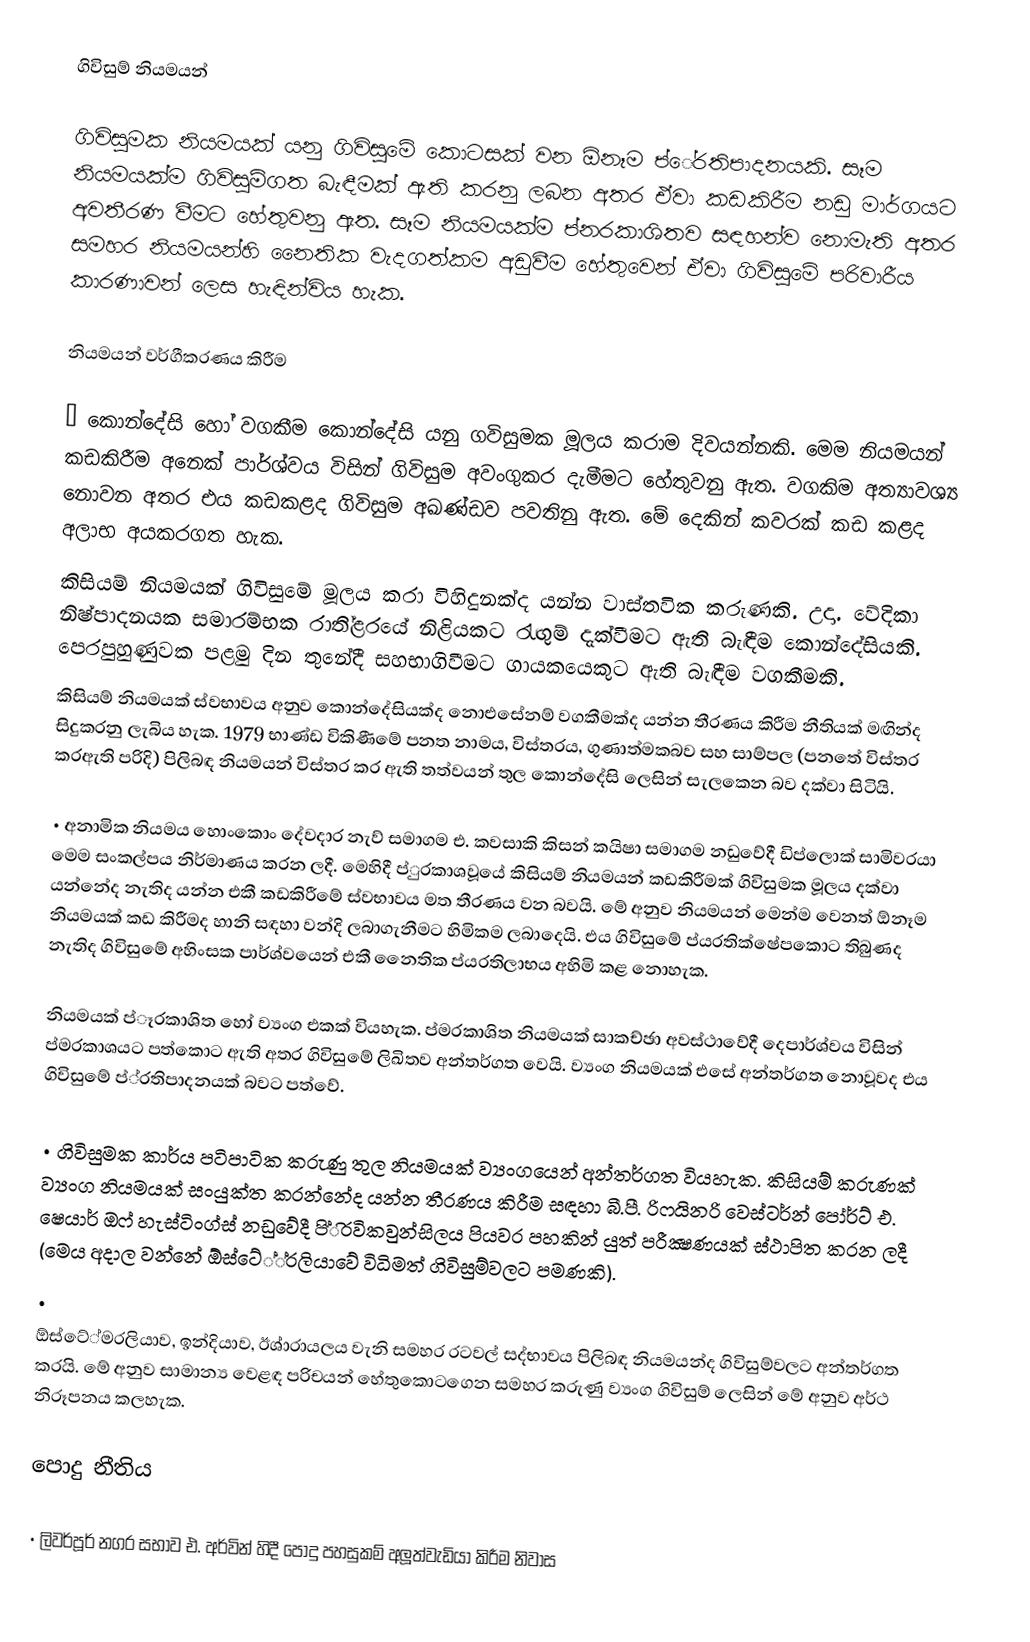
ගිවිසුම් නියමයන්

ගිවිසුමක නියමයක් යනු ගිවිසුමේ කොටසක් වන  ඕනෑම ප්ේ‍රතිපාදනයකි. සෑම නියමයක්ම ගිවිසුම්ගත බැඳීමක් ඇති කරනු ලබන අතර ඒවා කඩකිරීම නඩු මාර්ගයට අවතීරණ වීමට හේතුවනු ඇත. සෑම නියමයක්ම ප්න‍රකාශිතව සඳහන්ව නොමැති අතර සමහර නියමයන්හි නෛතික වැදගත්කම අඩුවීම හේතුවෙන් ඒවා ගිවිසුමේ පරිවාරීය කාරණාවන් ලෙස හැඳින්විය හැක.

නියමයන් වර්ගීකරණය කිරීම

•	කොන්දේසි හෝ වගකීම කොන්දේසි යනු ගවිසුමක මූලය කරාම දිවයන්නකි. මෙම නියමයන් කඩකිරීම අනෙක් පාර්ශ්වය විසින් ගිවිසුම අවංගුකර දැමීමට හේතුවනු ඇත. වගකිම අත්‍යාවශ්‍ය නොවන අතර එය කඩකළද ගිවිසුම අඛණ්ඩව පවතිනු ඇත. මේ දෙකින් කවරක් කඩ කළද අලාභ අයකරගත හැක.
කිසියම් නියමයක් ගිවිසුමේ මූලය කරා විහිදුනක්ද යන්න වාස්තවික කරුණකි. උදා. වේදිකා නිෂ්පාදනයක සමාරම්භක රාති්ළ‍රයේ නිළියකට රැඟුම් දැක්වීමට ඇති බැඳීම කොන්දේසියකි. පෙරපුහුණුවක පළමු දින තුනේදී සහභාගිවීමට ගායකයෙකුට ඇති බැඳීම වගකීමකි.
කිසියම් නියමයක් ස්වභාවය අනුව කොන්දේසියක්ද නොඑසේනම් වගකීමක්ද යන්න තීරණය කිරීම නීතියක් මඟින්ද සිදුකරනු ලැබිය හැක. 1979 භාණ්ඩ විකිණීමේ පනත නාමය, විස්තරය, ගුණාත්මකබව සහ සාම්පල (පනතේ විස්තර කරඇති පරිදි) පිලිබඳ නියමයන් විස්තර කර ඇති තත්වයන් තුල කොන්දේසි ලෙසින් සැලකෙන බව දක්වා සිටියි.

•	අනාමික නියමය හොංකොං දේවදාර නැව් සමාගම එ. කවසාකි කිසන් කයිෂා සමාගම නඩුවේදී ඩිප්ලොක් සාමිවරයා මෙම සංකල්පය නිර්මාණය කරන ලදී. මෙහිදී ප්ු‍රකාශවූයේ කිසියම් නියමයන් කඩකිරීමක් ගිවිසුමක මූලය දක්වා යන්නේද නැතිද යන්න එකී කඩකිරීමේ ස්වභාවය මත තීරණය වන බවයි. මේ අනුව නියමයන් මෙන්ම වෙනත්  ඕනෑම නියමයක් කඩ කිරීමද හානි සඳහා වන්දි ලබාගැනීමට හිමිකම ලබාදෙයි. එය ගිවිසුමේ ප්ය‍රතික්ෂේපකොට තිබුණද නැතිද ගිවිසුමේ අහිංසක පාර්ශ්වයෙන් එකී නෛතික ප්ය‍රතිලාභය අහිමි කළ නොහැක.

නියමයක් ප්ෑ‍රකාශිත හෝ ව්‍යංග එකක් වියහැක. ප්ම‍රකාශිත නියමයක් සාකච්ඡා අවස්ථාවේදී දෙපාර්ශ්වය විසින් ප්ම‍රකාශයට පත්කොට ඇති අතර ගිවිසුමේ ලිඛිතව අන්තර්ගත වෙයි. ව්‍යංග නියමයක් එසේ අන්තර්ගත නොවූවද එය ගිවිසුමේ ප්්‍රතිපාදනයක් බවට පත්වේ.

•	ගිවිසුමක කාර්ය පටිපාටික කරුණු තුල නියමයක් ව්‍යංගයෙන් අන්තර්ගත වියහැක. කිසියම් කරුණක් ව්‍යංග නියමයක් සංයුක්ත කරන්නේද යන්න තීරණය කිරීම සඳහා බී.පී. රිෆයිනරි වෙස්ටර්න් පෝර්ට් එ. ෂෙයාර් ඔෆ් හැස්ටිංග්ස් නඩුවේදී පි්ි‍රවිකවුන්සිලය පියවර පහකින් යුත් පරීක්‍ෂණයක් ස්ථාපිත කරන ලදී (මෙය අදාල වන්නේ  ඕස්ටේ්්‍රලියාවේ විධිමත් ගිවිසුම්වලට පමණකි).
•
 ඕස්ටේ්ම‍රලියාව, ඉන්දියාව, ඊශ්ා‍රායලය වැනි සමහර රටවල් සද්භාවය පිලිබඳ නියමයන්ද ගිවිසුම්වලට අන්තර්ගත කරයි. මේ අනුව සාමාන්‍ය වෙළඳ පරිචයන් හේතුකොටගෙන සමහර කරුණු ව්‍යංග ගිවිසුම් ලෙසින් මේ අනුව අර්ථ නිරූපනය කලහැක.

පොදු නීතිය

•	ලිවර්පූර් නගර සභාව එ. අර්වින් හිදී පොදු පහසුකම් අලූත්වැඩියා කිරීම නිවාස